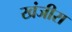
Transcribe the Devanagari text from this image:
खंजीरा